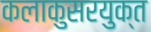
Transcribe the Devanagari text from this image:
कलाकुसरयुक्त